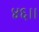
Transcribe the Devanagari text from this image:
४६।।